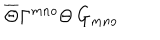
LaTeX: \overline { { { \Theta } } } \Gamma ^ { m n o } \Theta \, G _ { m n o }